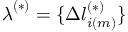
\boldsymbol { \lambda } ^ { ( * ) } = \{ \Delta l _ { i ( m ) } ^ { ( * ) } \}